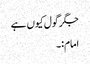
جگر گول کیوں ہے
امام:۔